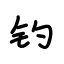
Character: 钓